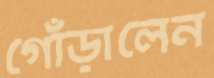
গোঁড়ালেন